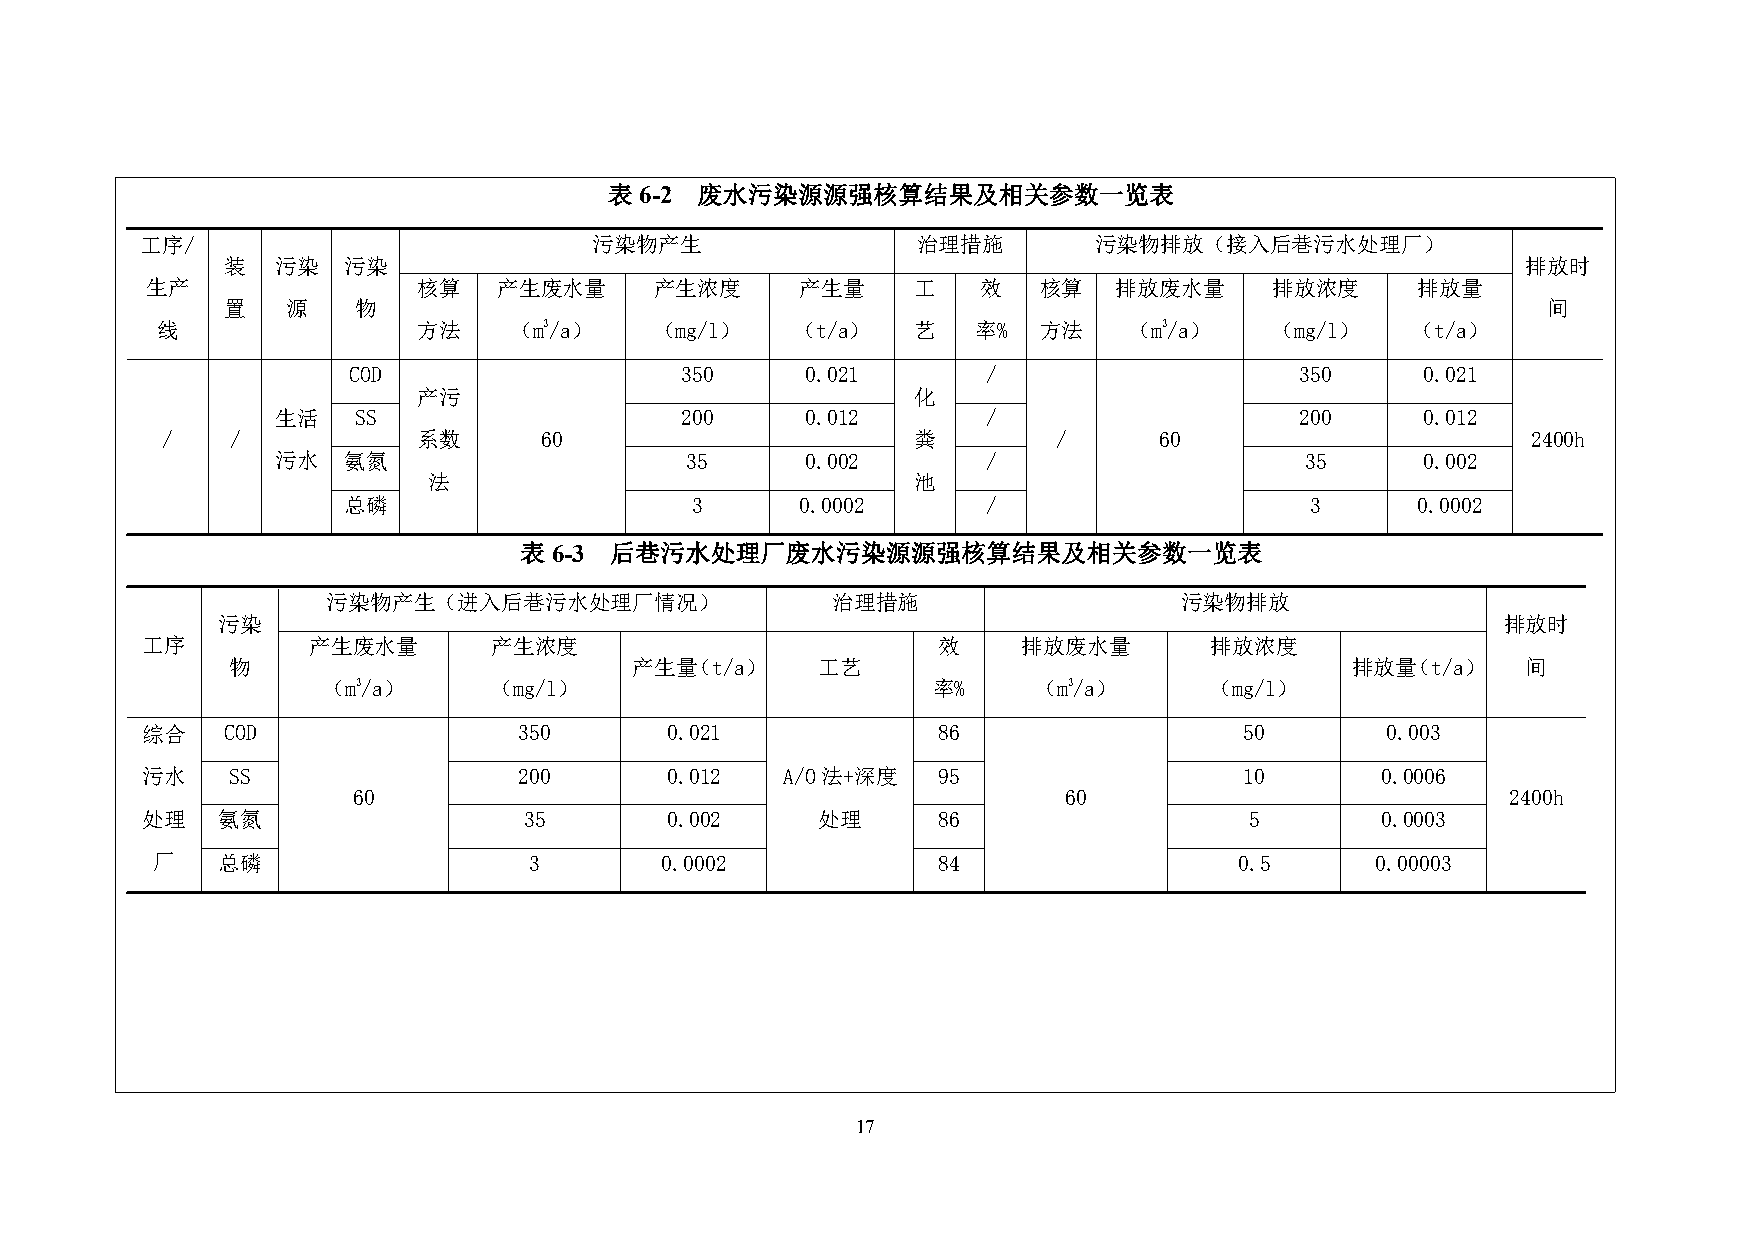
表6-2  废水污染源源强核算结果及相关参数一览表
 工序/                           污染物产生                 治理措施       污染物排放（接入后巷污水处理厂）
 装  污染   污染                                                                            排放时
 生产                核算   产生废水量     产生浓度      产生量     工   效   核算   排放废水量     排放浓度      排放量
 置   源   物                                                                              间
 线                 方法    （m3/a）   （mg/l）    （t/a）   艺   率%  方法    （m3/a）   （mg/l）   （t/a）
 COD                   350     0.021       /                    350     0.021
 产污                               化
 生活   SS                    200     0.012       /                    200     0.012
 /   /            系数      60                       粪        /      60                      2400h
 污水   氨氮                    35      0.002       /                    35      0.002
 法                                池
 总磷                     3      0.0002      /                     3      0.0002
 表6-3  后巷污水处理厂废水污染源源强核算结果及相关参数一览表
 污染物产生（进入后巷污水处理厂情况）               治理措施                   污染物排放
 污染                                                                                    排放时
 工序         产生废水量       产生浓度                          效     排放废水量       排放浓度
 物                          产生量（t/a）    工艺                                 排放量（t/a）    间
 （m3/a）     （mg/l）                        率%     （m3/a）     （mg/l）
 综合    COD                350       0.021             86                  50        0.003
 污水    SS                 200       0.012   A/O法+深度   95                  10       0.0006
 60                                              60                           2400h
 处理   氨氮                   35       0.002     处理      86                   5       0.0003
 厂   总磷                   3        0.0002            84                  0.5      0.00003
 17